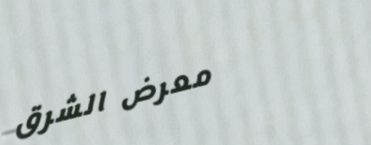
معرض الشرق